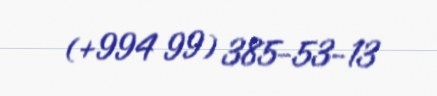
(+994 99) 385-53-13